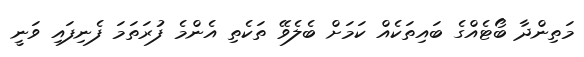
މަތިންދާ ބޯޓެއްގެ ބައިތަކެއް ކަމަށް ބެލެވޭ ތަކެތި އެންމެ ފުރަތަމަ ފެނިފައި ވަނީ